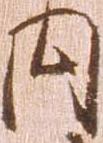
内